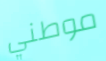
موطني